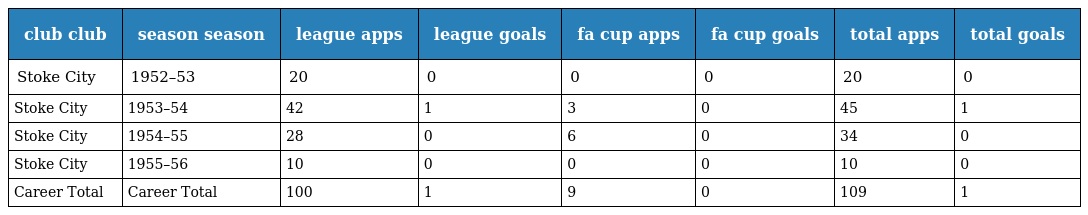
| club club | season season | league apps | league goals | fa cup apps | fa cup goals | total apps | total goals |
 | --- | --- | --- | --- | --- | --- | --- | --- |
 | Stoke City | 1952–53 | 20 | 0 | 0 | 0 | 20 | 0 |
 | Stoke City | 1953–54 | 42 | 1 | 3 | 0 | 45 | 1 |
 | Stoke City | 1954–55 | 28 | 0 | 6 | 0 | 34 | 0 |
 | Stoke City | 1955–56 | 10 | 0 | 0 | 0 | 10 | 0 |
 | Career Total | Career Total | 100 | 1 | 9 | 0 | 109 | 1 |